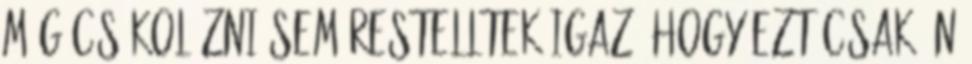
még csókolózni sem restelltek Igaz, hogy ezt csak én